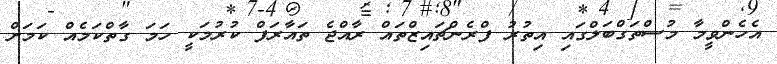
އެހެންވީމާ މުސްތަގްބަލްގައި އިތުރު ފްރެންޗައިޒްތައް ރާއްޖެ ތައާރަފް ކުރުމަކީ ހަމަ ގާތްކަމެއް ކަމަށް